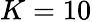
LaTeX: {K=10}